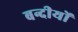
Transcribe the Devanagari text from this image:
बन्दीयों